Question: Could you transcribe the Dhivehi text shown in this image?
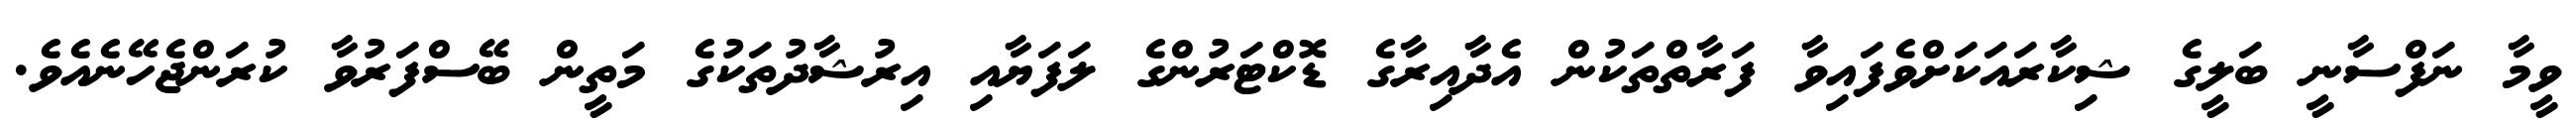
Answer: ވީމާ ނަފްސާނީ ބަލީގެ ޝިކާރައަކަށްވެފައިވާ ފަރާތްތަކުން އެދާއިރާގެ ޑޮކްޓަރުންގެ ލަފަޔާއި އިރުޝާދުތަކުގެ މަތީން ބޭސްފަރުވާ ކުރަންޖެހޭނެއެވެ.